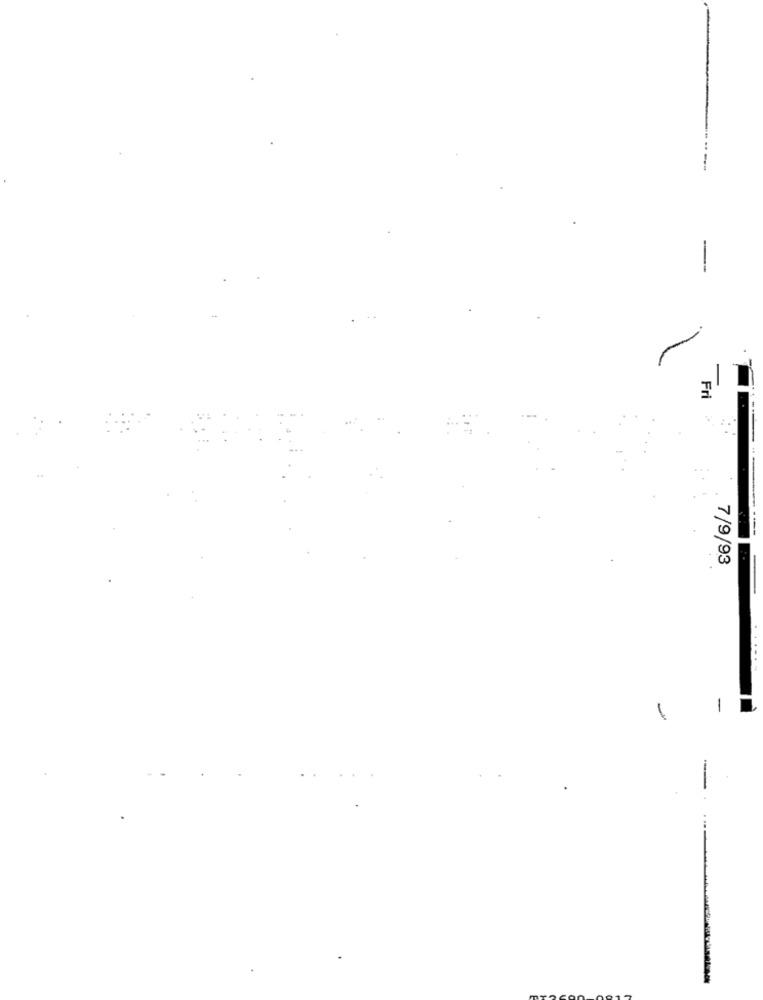
Fri
7/9/93
-